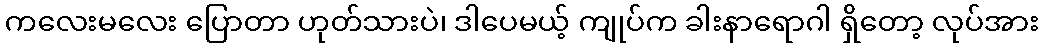
ကလေးမလေး ပြောတာ ဟုတ်သားပဲ၊ ဒါပေမယ့် ကျုပ်က ခါးနာရောဂါ ရှိတော့ လုပ်အား